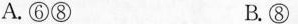
A.⑥⑧ B.⑧